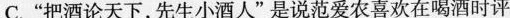
C.“把酒论天下，先生小酒人”是说范爱农喜欢在喝酒时评